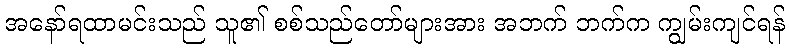
အနော်ရထာမင်းသည် သူ၏ စစ်သည်တော်များအား အဘက် ဘက်က ကျွမ်းကျင်ရန်